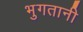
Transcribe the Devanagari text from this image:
भुगतानी